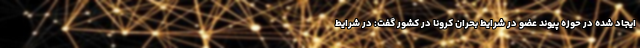
ایجاد شده در حوزه پیوند عضو در شرایط بحران کرونا در کشور گفت: در شرایط